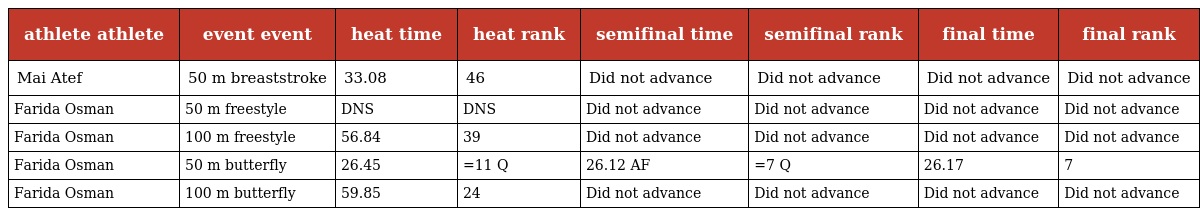
| athlete athlete | event event | heat time | heat rank | semifinal time | semifinal rank | final time | final rank |
 | --- | --- | --- | --- | --- | --- | --- | --- |
 | Mai Atef | 50 m breaststroke | 33.08 | 46 | Did not advance | Did not advance | Did not advance | Did not advance |
 | Farida Osman | 50 m freestyle | DNS | DNS | Did not advance | Did not advance | Did not advance | Did not advance |
 | Farida Osman | 100 m freestyle | 56.84 | 39 | Did not advance | Did not advance | Did not advance | Did not advance |
 | Farida Osman | 50 m butterfly | 26.45 | =11 Q | 26.12 AF | =7 Q | 26.17 | 7 |
 | Farida Osman | 100 m butterfly | 59.85 | 24 | Did not advance | Did not advance | Did not advance | Did not advance |